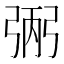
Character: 𢏺